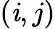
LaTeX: (\mathit{i},j)